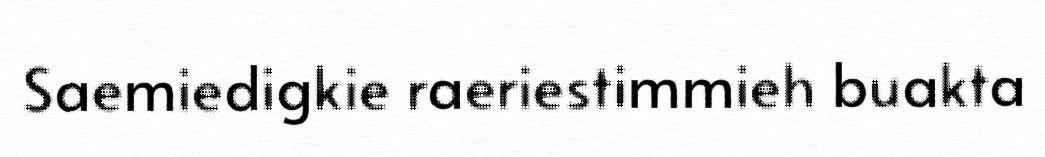
Saemiedigkie raeriestimmieh buakta